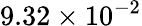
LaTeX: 9.32\times 10^{-2}